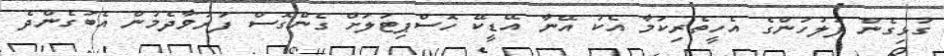
ގުޅިގެން ފުލުހުންގެ އެހީތެރިކަމާ އެކު އޭނާ އޭޑީކޭ ހޮސްޕިޓަލަށް ގެންގޮސް ފަރުވާދެމުން އެބަގެންދެ